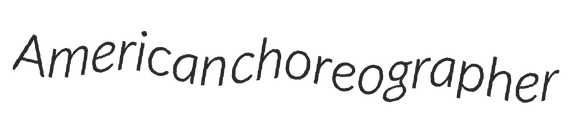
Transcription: American choreographer